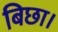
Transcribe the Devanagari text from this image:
बिछा।